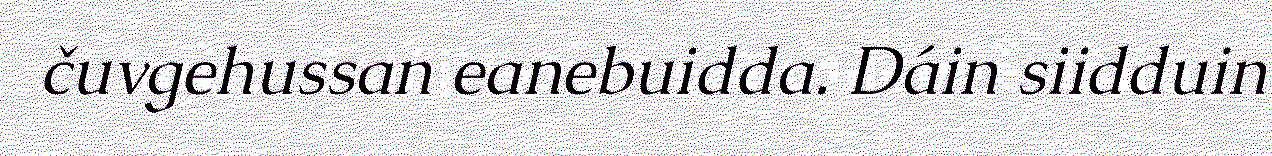
čuvgehussan eanebuidda. Dáin siidduin